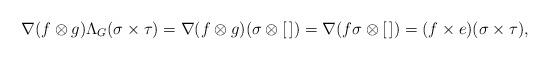
LaTeX: \begin{align*} \nabla(f\otimes g)\Lambda_G(\sigma\times\tau) = \nabla(f\otimes g)(\sigma\otimes[\,]) = \nabla(f\sigma \otimes [\,]) = (f\times e)(\sigma\times\tau), \end{align*}